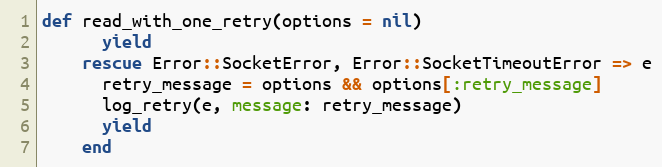
Language: Ruby
def read_with_one_retry(options = nil)
      yield
    rescue Error::SocketError, Error::SocketTimeoutError => e
      retry_message = options && options[:retry_message]
      log_retry(e, message: retry_message)
      yield
    end